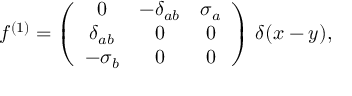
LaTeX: f ^ { ( 1 ) } = \left( \begin{array} { c c c } { { 0 } } & { { - \delta _ { a b } } } & { { \sigma _ { a } } } \\ { { \delta _ { a b } } } & { { 0 } } & { { 0 } } \\ { { - \sigma _ { b } } } & { { 0 } } & { { 0 } } \end{array} \right) \, \delta ( x - y ) ,